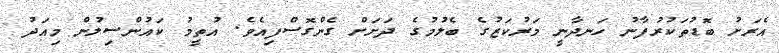
އެރަށު ބޮޑުތަކުރުފާނު ހަނދާނީ މަރުކަޒުގެ ބެލުމުގެ ދަށަށް ގެންގޮސްފިއެވެ. އުތީމު ކައުންސިލުން މިއަދު